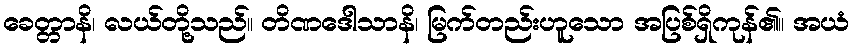
ခေတ္တာနိ၊ လယ်တို့သည်။ တိဏဒေါသာနိ၊ မြက်တည်းဟူသော အပြစ်ရှိကုန်၏။ အယံ